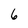
Character: 6